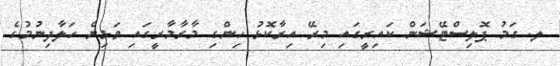
ލ. ގަމު ޕޮލިސްޓޭޝަން ކައިރީގައި މިރޭ އިރާކޮޅު ހިންގި މާރާމާރީގައި ވަޅިން ހަލާދިނުމުގެ